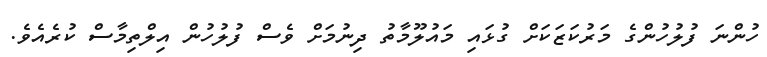
ހުންނަ ފުލުހުންގެ މަރުކަޒަކަށް ގުޅައި މައުލޫމާތު ދިނުމަށް ވެސް ފުލުހުން އިލްތިމާސް ކުރެއެވެ.